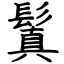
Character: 鬒